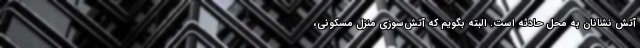
آتش نشانان به محل حادثه است. البته بگویم که آتش‌سوزی منزل مسکونی،